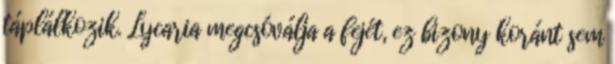
táplálkozik. Lycaria megcsóválja a fejét, ez bizony koránt sem